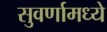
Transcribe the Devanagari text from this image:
सुवर्णामध्ये